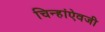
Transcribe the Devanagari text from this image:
चिन्हांऐवजी